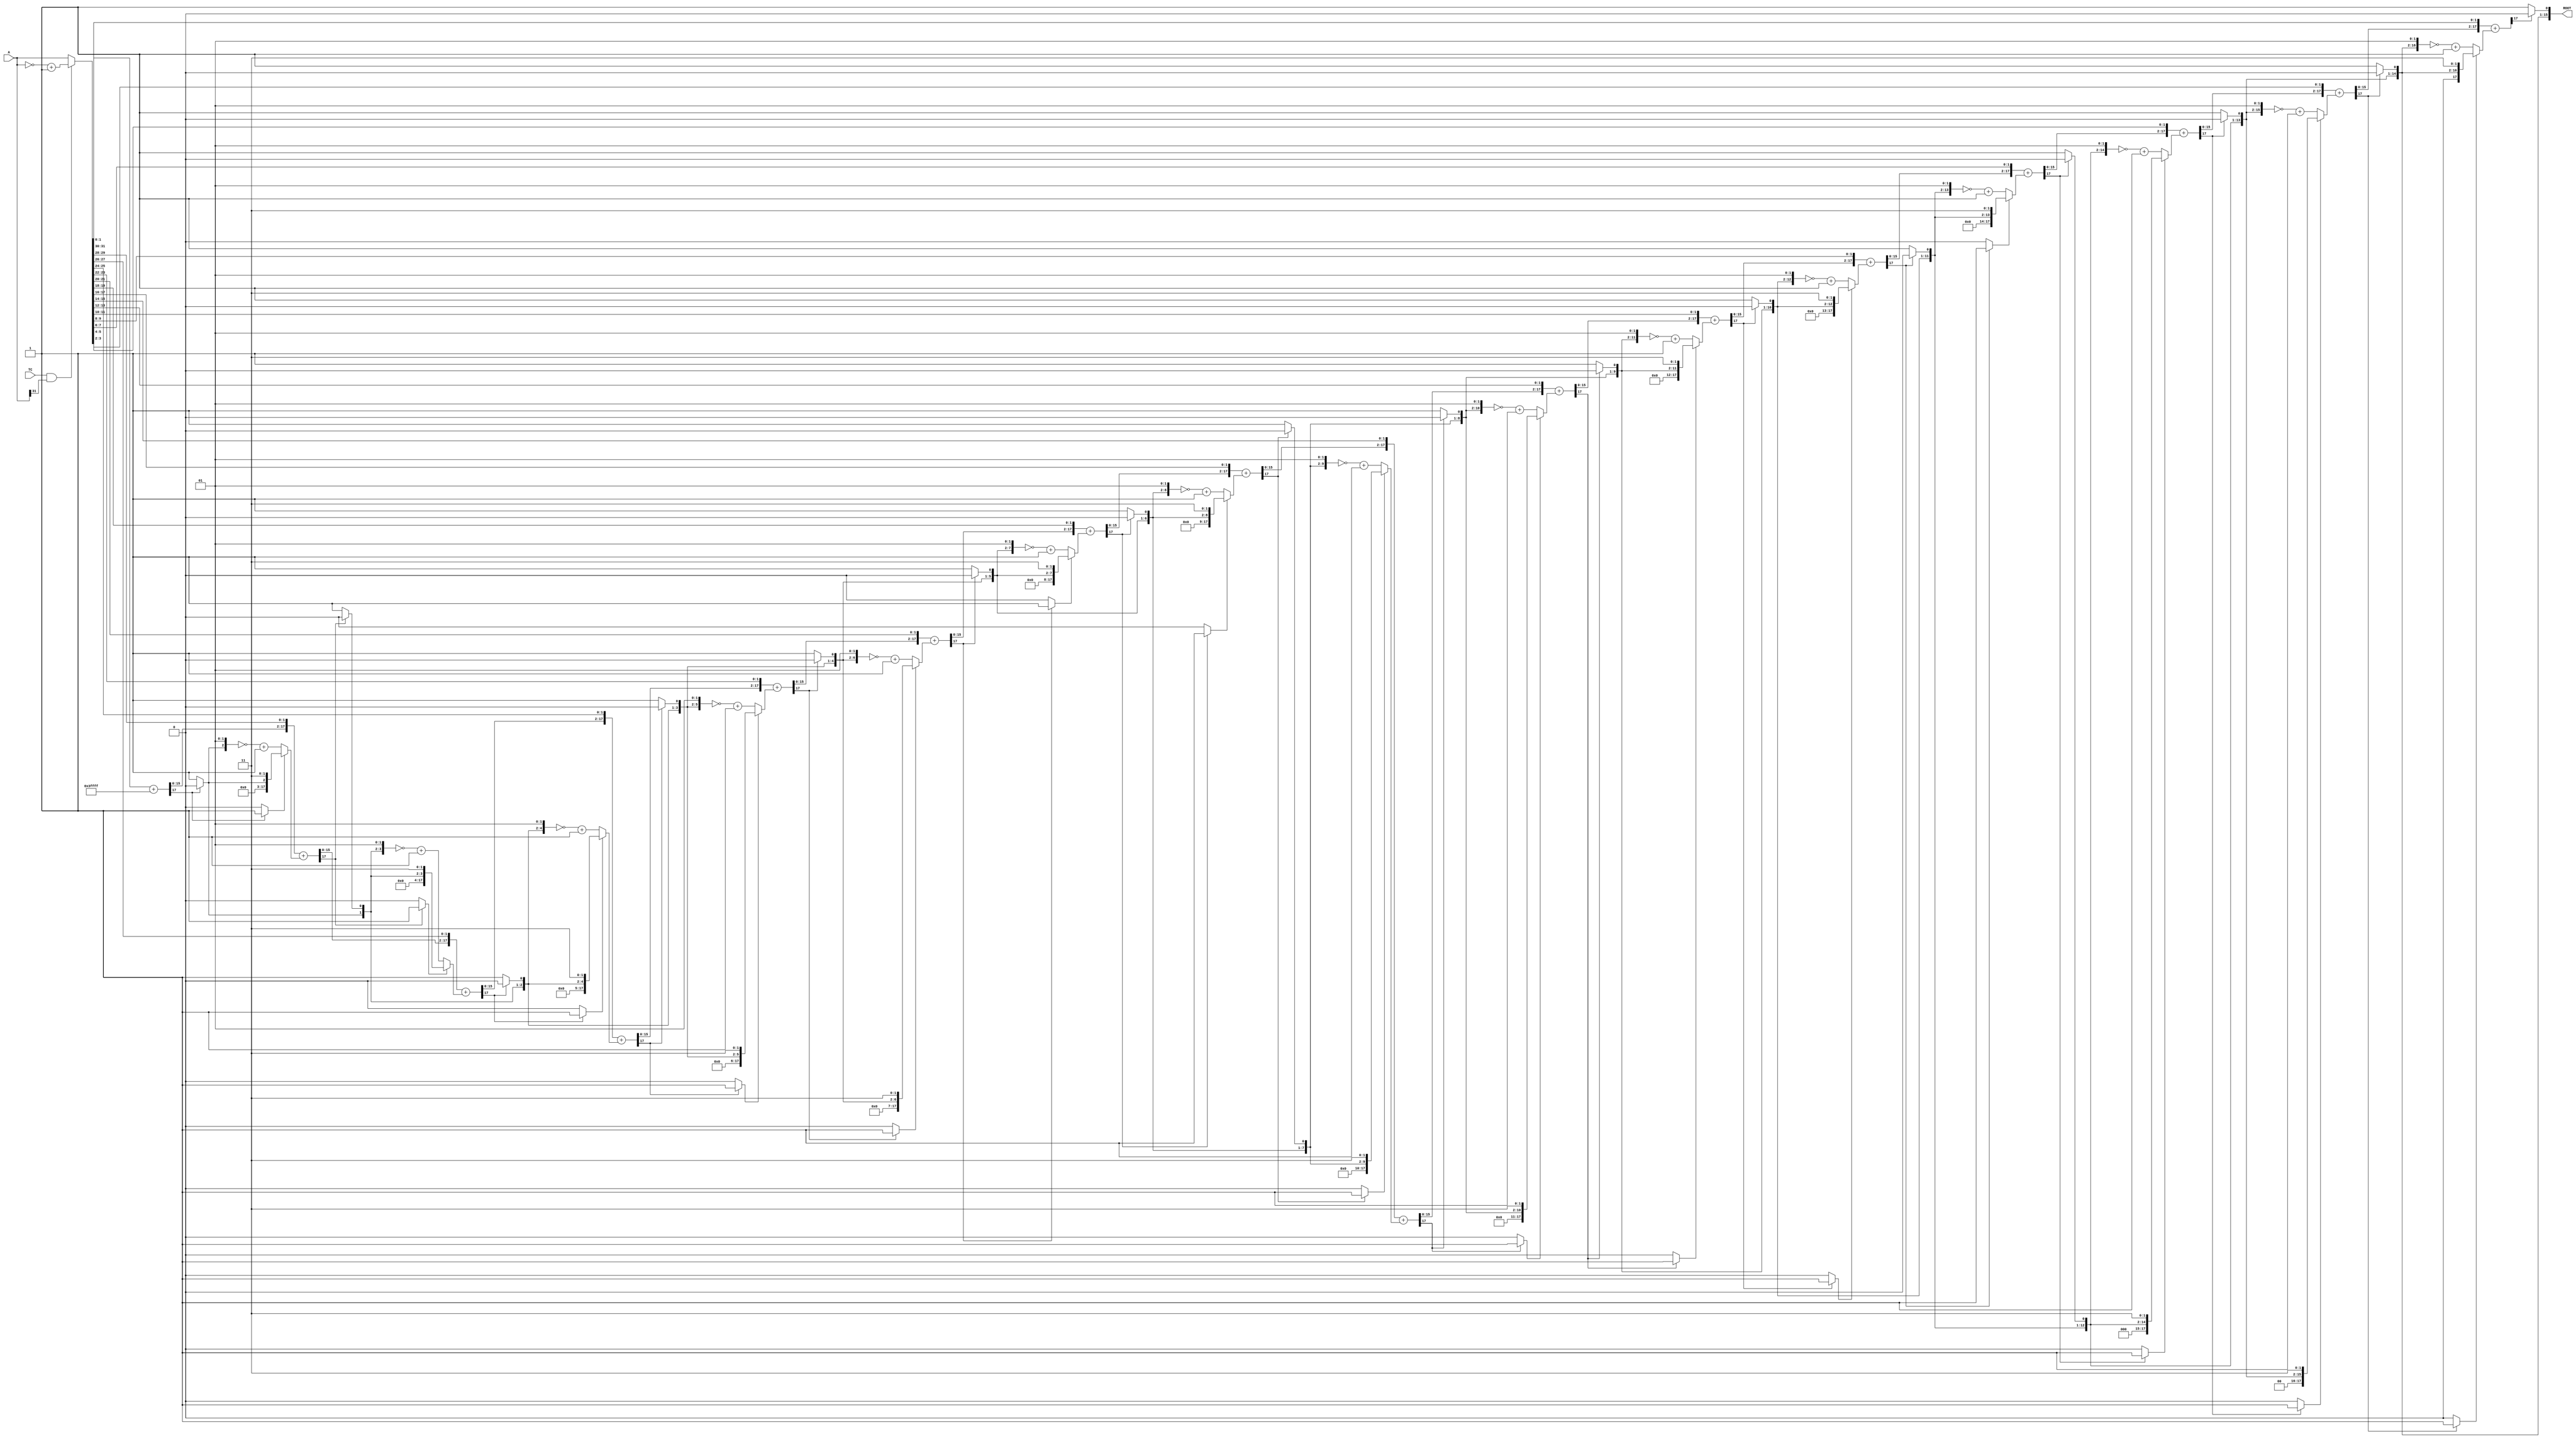


//--------------------------------------------------------------------------------------------------
//
// Title       : DW02_sqrt
// Design      : DW02_sqrt

// Company     : 
//-------------------------------------------------------------------------------------------------
// Description : DW02_sqrt computes the integer square root of A. The signal TC determines whether 
// the input is interpreted as unsigned ( TC is low) or signed ( TC is high), when the parameter 
// TC_mode is equal to 1.
//
//-------------------------------------------------------------------------------------------------

module DW02_sqrt ( A, TC, ROOT )/* synthesis syn_builtin_du = "weak" */;
	parameter width = 32;
	parameter TC_mode = 1;
	
	//Internally generated parameters
	parameter	count   = width / 2;
	parameter   add     = width % 2;
	parameter   part    = count + add;
	parameter   total   = width + add;
	
	//Input/Output port declaration
	input	[width - 1 : 0]   A;	   
	input                     TC;
	
	output	[ part- 1 : 0 ]   ROOT;
	
	//Internal register declaration
	reg		[ total/2 + total  - 1 : 0 ]partial_root;
	reg		[ total - 1 : 0 ]           tmp_a;
	reg		[width - 1 : 0]		        a;	
	integer	                            i;
	
	reg	[part : 0]                      quo;
	reg [part + 2 - 1 : 0]				initial_reg;
	reg [part + 2 - 1 : 0]				add_value;
	reg [part + 2 - 1 : 0]				sum;
	reg [part + 2 - 1 : 0]				added;
    reg                                 add_flag ;	
	
	//Taking care of -ve input
	always@(TC or A) 
		if(TC_mode)
			begin	
				if( TC & (A[width-1]) )
					a = ~A + 1;
				else
					a = A;
			end	
		else	
			a = A;
			
    //Converting odd width to event width by appending 0's to MSB
	always@(a)
		if( total != width)
			tmp_a = {1'b0,a};
		else
			tmp_a = a;	
	
	//Procedual block to obtain the square root		
    always@(tmp_a)
		begin		   
			partial_root = { { ( (part+total) - total ) {1'b0} } , tmp_a };
			initial_reg = { {part{1'b0}} ,{2'b01}};                                                  
			add_value = ~initial_reg + 1;                                                           
			quo = 0;                                                                                
			add_flag = 0;   
      // synthesis loop_limit 2000                                                                
			for(i = 0; i < part; i = i + 1)                                                                   
			begin                                                                                   
				added = partial_root[total + part - 1 : total - 2 ];                                       
				sum = added + add_value;                                                            
				if(sum[part + 2 - 1])                                                                   
				begin                                                                               
					quo[0]=0;								                                        
					add_flag = 1;                                                                   
				end	                                                                                
				else                                                                                
				begin                                                                               
					quo[0]=1;                                                                       
					add_flag = 0;                                                                   
				end	                                                                                
				                                                                                    
				partial_root[(total + part) - 1 : total - 2]=sum;                                           
				add_value[part + 2 - 1 : 2]= quo[part - 1 : 0];                                                
				quo = quo << 1;                                                                         
				                                                                                    
				if(add_flag)                                                                        
				begin                                                                               
					add_value[1]=1;                                                                 
					add_value[0]=1;                                                                 
					add_value=add_value;	                                                        
				end                                                                                 
				else                                                                                
				begin                                                                               
					add_value[1]=0;                                                                 
					add_value[0]=1;                                                                 
					add_value=~add_value+1;	                                                        
				end	                                                                                
				                                                                                    
				partial_root = partial_root << 2;                                                   
				                                                                                    
		    end	
	    end			  
	
assign ROOT = quo[part:1];	

endmodule